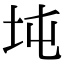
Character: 坉